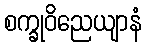
စက္ခုဝိညေယျာနံ